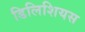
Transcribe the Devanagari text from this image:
डिलिशियस